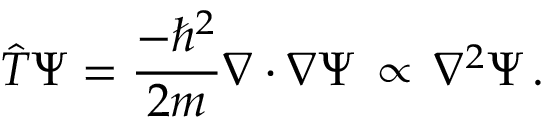
{ \hat { T } } \Psi = { \frac { - \hbar ^ { 2 } } { 2 m } } \nabla \cdot \nabla \Psi \, \propto \, \nabla ^ { 2 } \Psi \, .